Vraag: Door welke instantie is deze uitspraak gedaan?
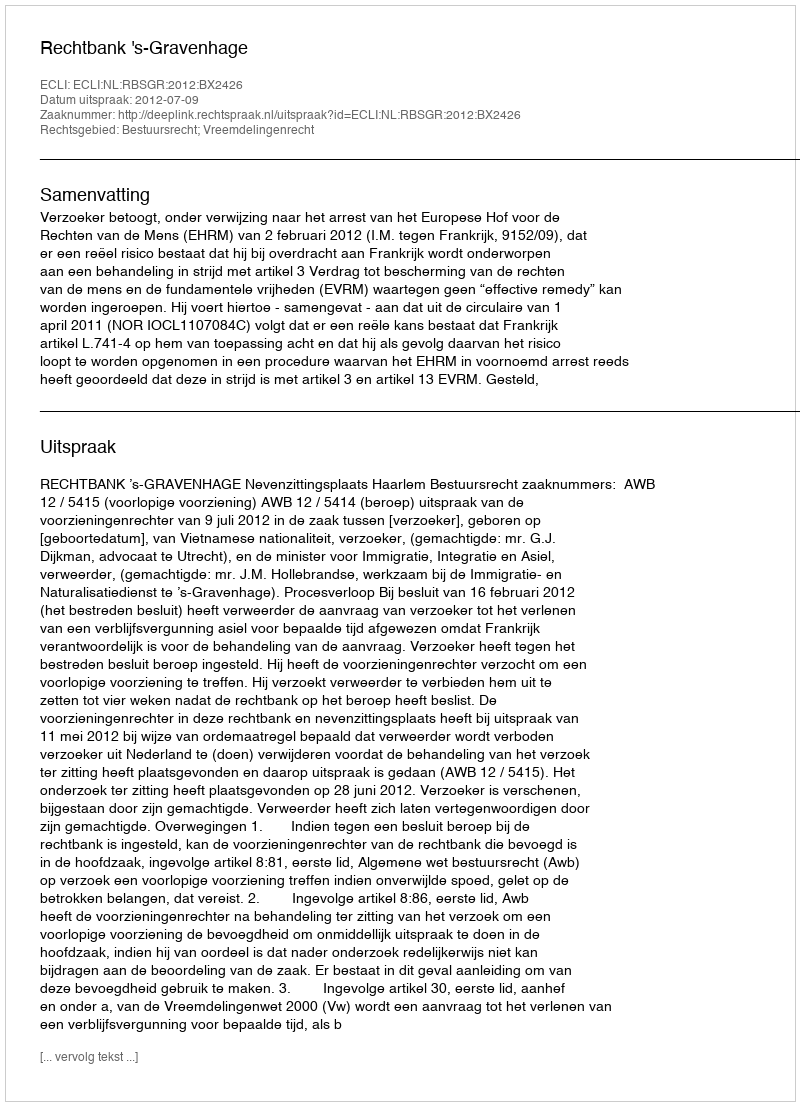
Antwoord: Rechtbank 's-Gravenhage